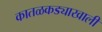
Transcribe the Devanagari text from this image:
कातळकड्याखाली